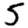
Digit: 5